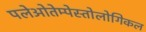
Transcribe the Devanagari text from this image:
पलेओतेम्पेस्तोलोगिकल